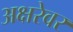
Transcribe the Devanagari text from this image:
अक्षरेवर